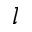
l